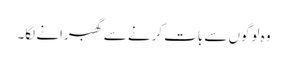
وہ لوگوں سے بات کرنے سے گھبرانے لگا۔